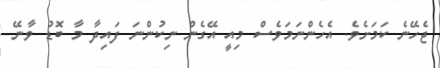
ޖެހޭނެ ކަމަށެވެ. އެހެންނަމަވެސް މިއީ އޭގެން ނިކުންނަ ފައިދާ މާ ބޮޑު ވާނޭ